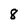
Character: 8